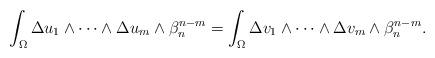
LaTeX: \begin{align*} \int_\Omega \Delta u_1\wedge\dots\wedge \Delta u_m\wedge\beta_n^{n-m}= \int_\Omega \Delta v_1\wedge\dots\wedge \Delta v_m \wedge\beta_n^{n-m}. \end{align*}